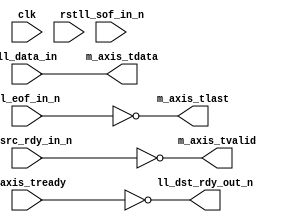
// This program was cloned from: https://github.com/cjhonlyone/NandFlashController
// License: GNU General Public License v3.0

/*

Copyright (c) 2014-2018 Alex Forencich

Permission is hereby granted, free of charge, to any person obtaining a copy
of this software and associated documentation files (the "Software"), to deal
in the Software without restriction, including without limitation the rights
to use, copy, modify, merge, publish, distribute, sublicense, and/or sell
copies of the Software, and to permit persons to whom the Software is
furnished to do so, subject to the following conditions:

The above copyright notice and this permission notice shall be included in
all copies or substantial portions of the Software.

THE SOFTWARE IS PROVIDED "AS IS", WITHOUT WARRANTY OF ANY KIND, EXPRESS OR
IMPLIED, INCLUDING BUT NOT LIMITED TO THE WARRANTIES OF MERCHANTABILITY
FITNESS FOR A PARTICULAR PURPOSE AND NONINFRINGEMENT. IN NO EVENT SHALL THE
AUTHORS OR COPYRIGHT HOLDERS BE LIABLE FOR ANY CLAIM, DAMAGES OR OTHER
LIABILITY, WHETHER IN AN ACTION OF CONTRACT, TORT OR OTHERWISE, ARISING FROM,
OUT OF OR IN CONNECTION WITH THE SOFTWARE OR THE USE OR OTHER DEALINGS IN
THE SOFTWARE.

*/

// Language: Verilog 2001

`timescale 1ns / 1ps

/*
 * LocalLink to AXI4-Stream bridge
 */
module ll_axis_bridge #
(
    parameter DATA_WIDTH = 8
)
(
    input  wire                   clk,
    input  wire                   rst,

    /*
     * LocalLink input
     */
    input  wire [DATA_WIDTH-1:0]  ll_data_in,
    input  wire                   ll_sof_in_n,
    input  wire                   ll_eof_in_n,
    input  wire                   ll_src_rdy_in_n,
    output wire                   ll_dst_rdy_out_n,

    /*
     * AXI output
     */
    output wire [DATA_WIDTH-1:0]  m_axis_tdata,
    output wire                   m_axis_tvalid,
    input  wire                   m_axis_tready,
    output wire                   m_axis_tlast
);

assign m_axis_tdata = ll_data_in;
assign m_axis_tvalid = !ll_src_rdy_in_n;
assign m_axis_tlast = !ll_eof_in_n;

assign ll_dst_rdy_out_n = !m_axis_tready;

endmodule